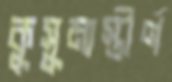
কুসুমাস্তীর্ণ